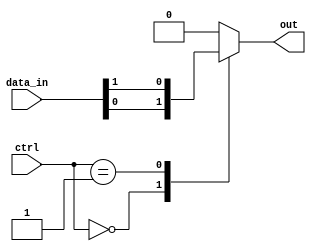
module mux_256_to_1 (
    input [255:0] data_in,
    input [7:0] ctrl,
    output reg out
);

always @(*) begin
    case(ctrl)
        8'b00000000: out = data_in[0];
        8'b00000001: out = data_in[1];
        // continue for all 256 cases
        default: out = 0; // default case if none of the control signals match
    endcase
end

endmodule